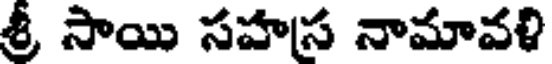
శ్రీ సాయి సహస నామావళి